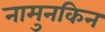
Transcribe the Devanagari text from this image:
नामुनकिन